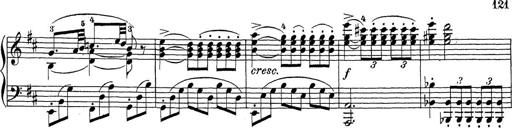
Title: Sonatina Album
Composer: Louis KÃ¶hler